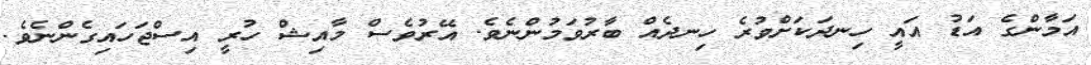
އަމާންގެ އަޑު އައީ ހިނދަކަށްވުރެ ހިނދެއް ބާރުވަމުންނެވެ. އޭރުވެސް މާއިޝް ހުރީ އިސްޖަހައިގެންނެވެ.